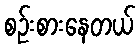
စဉ်းစားနေတယ်